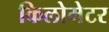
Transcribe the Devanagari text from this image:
किलोमेटर